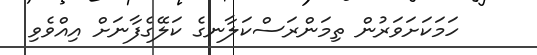
ހަމަކަށަވަރުން ތިމަންރަސްކަލާނގެ ކަލޭގެފާނަށް އިއްވެވި